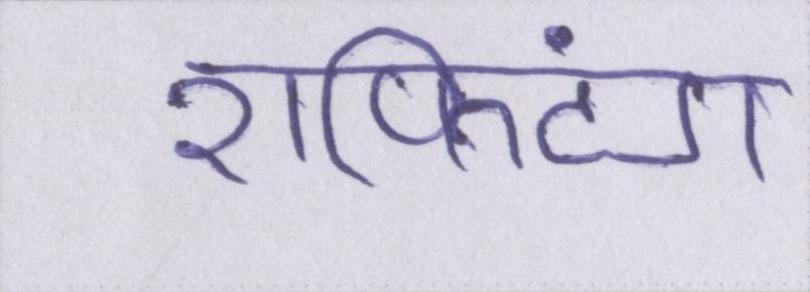
राफ्टिंग